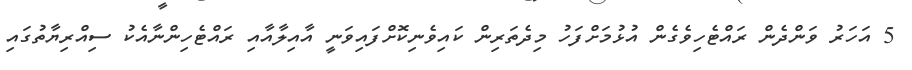
5 އަހަރު ވަންދެން ރައްޓެހިވެގެން އުޅުމަށްފަހު މިދެތަރިން ކައިވެނިކޮށްފައިވަނީ އާއިލާއާއި ރައްޓެހިންނާއެކު ސިއްރިޔާތުގައި